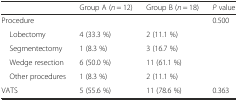
|  | Group A (n = 12) | Group B (n = 18) | P value |
 | --- | --- | --- | --- |
 | Procedure |  |  | 0.500 |
 | Lobectomy | 4 (33.3 %) | 2 (11.1 %) |  |
 | Segmentectomy | 1 (8.3 %) | 3 (16.7 %) |  |
 | Wedge resection | 6 (50.0 %) | 11 (61.1 %) |  |
 | Other procedures | 1 (8.3 %) | 2 (11.1 %) |  |
 | VATS | 5 (55.6 %) | 11 (78.6 %) | 0.363 |